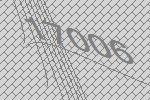
17006